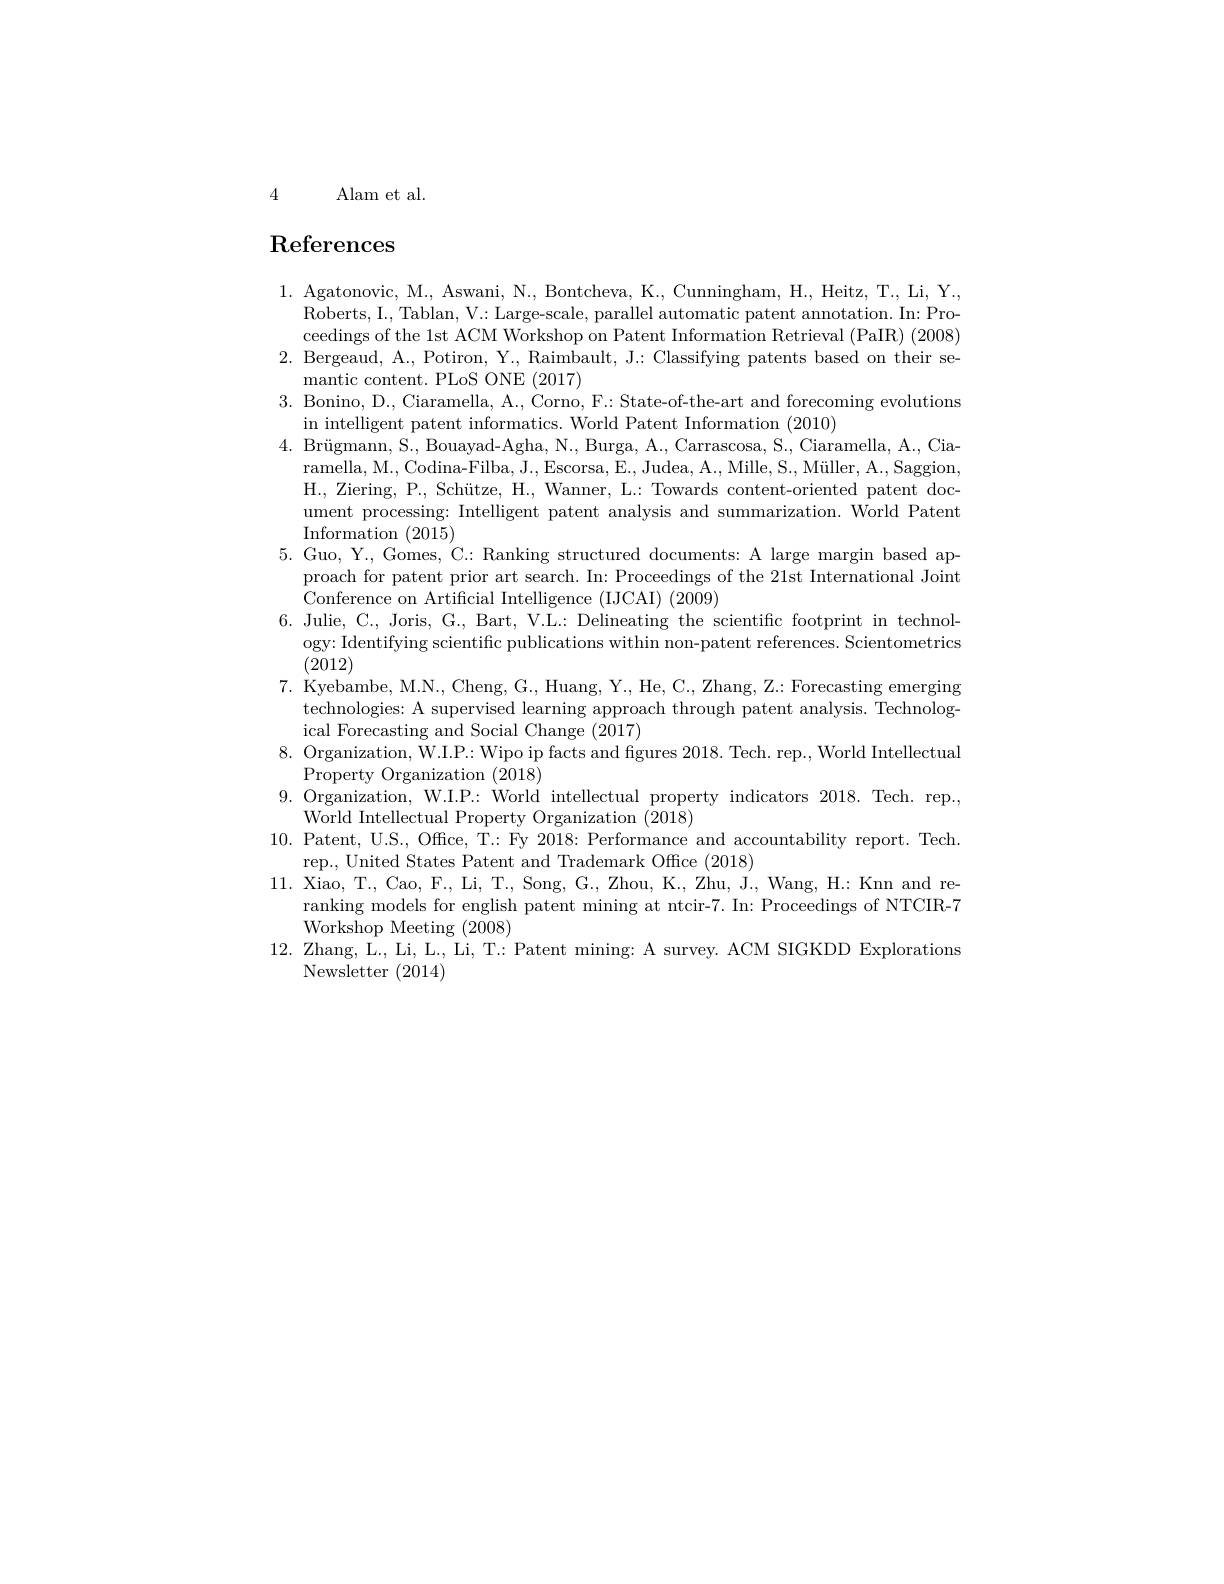
4 Alam et al.

# $\mathbf{References}$

1. Agatonovic, M., Aswani, N., Bontcheva, K., Cunningham, H., Heitz, T., Li, Y..
Roberts, I., Tablan, V.: Large-scale, parallel automatic patent annotation. In: Proceedings of the 1st ACM Workshop on Patent Information Retrieval (PaIR) (2008)
2. Bergeaud, A., Potiron, Y.., Raimbault, J.: Classifying patents based on their se
mantic content. PLoS ONE (2017)
3. Bonino, D., Ciaramella, A., Corno, F.: State-of-the-art and forecoming evolutions
in intelligent patent informatics. World Patent Information (2010)
4. Brügmann, S., Bouayad-Agha, N., Burga, A., Carrascosa, S., Ciaramella, A., Cia-
ramella, M., Codina-Filba, J., Escorsa, E., Judea, A., Mille, S., Müller, A.., Saggion, H., Ziering, P., Schütze, H.., Wanner, L..: Towards content-oriented patent document processing: Intelligent patent analysis and summarization. World Patent Information (2015)
5. Guo, Y., Gomes, C.: Ranking structured documents: A large margin based ap-
proach for patent prior art search. In: Proceedings of the 21st International Joint
Conference on Artificial Intelligence (IJCAI) (2009)
6. Julie, C., Joris, G., Bart, V.L.: Delineating the scientific footprint in technol-
ogy: Identifying scientific publications within non-patent references. Scientometrics
(2012)
7.Kyebambe, M.N., Cheng, G., Huang, Y., He, C., Zhang, Z.: Forecasting emerging
technologies: A supervised learning approach through patent analysis. Technolog-
ical Forecasting and Social Change (2017)
8. Organization, W.I.P.: Wipo ip facts and figures 2018. Tech. rep., World Intellectual
Property Organization (2018)
$\begin{array}{ll}{9.}&{\mathrm{Organization,~W.I.P.:~World~intellectual~property~indicators~2018.~Tech.~rep.}}\\{\mathrm{World~Intellectual~Property~Organization~(2018)}}\end{array}$ 10.Patent, U.S., Office, T.: Fy 2018: Performance and accountability report. Tech
rep., United States Patent and Trademark Office (2018)
11. Xiao,  T. ,  Cao,  F. ,  Li,  T. ,  Song,  G. ,  Zhou,  K. ,  Zhu,  J. ,  Wang,  H. :  Knn and re
ranking models for english patent mining at ntcir-7. In: Proceedings of NTCIR-7
Workshop Meeting (2008)
12. Zhang, L..., Li, L..., Li, T... Patent mining: A survey. ACM SIGKDD Explorations
${\mathrm{Newsletter~}(2014)}$